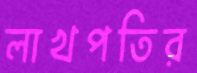
লাখপতির